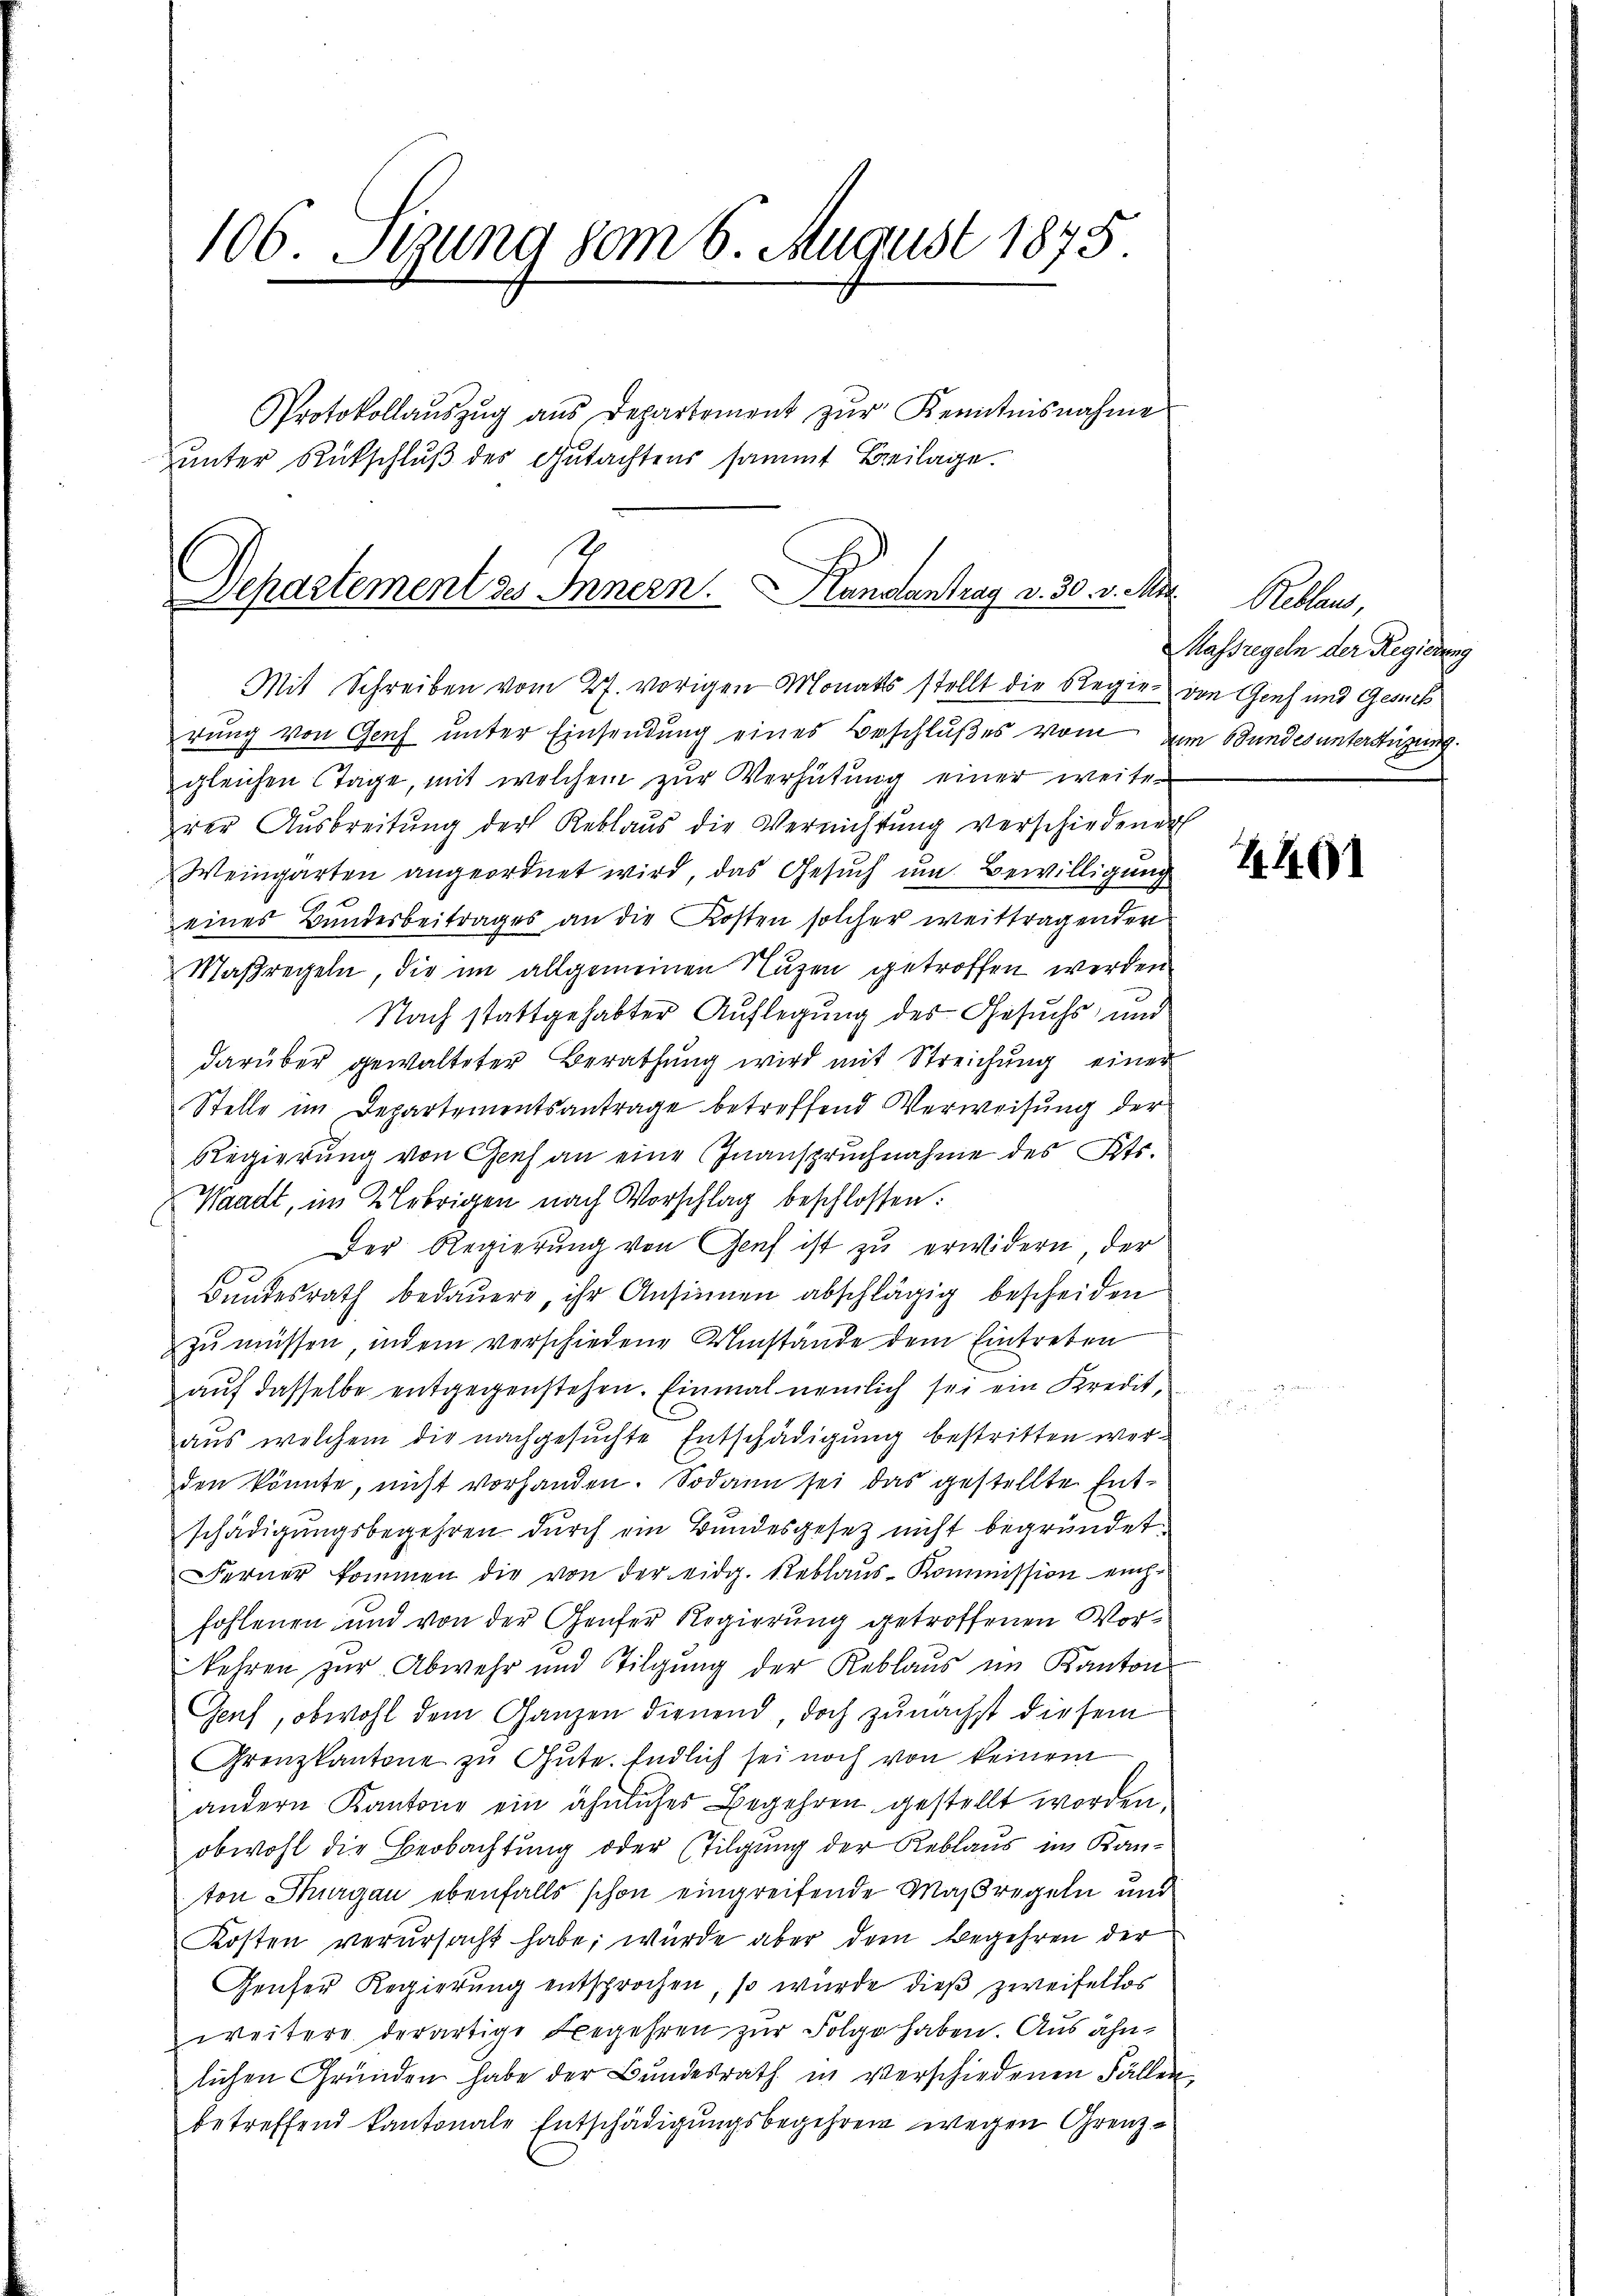
106. Stung vom 6. August 1875

Protokollauszug aus Departement zur Kenntnisnahme
unter Rückschluß des Gutachtens sammt Beilage.

2.
Departement des Innern. Handantrag v. 30. v. Mit

Mit Schreiben vom 27. vorigen Monats stellt die Regien den Genf und Gesuch
rung von Genf unter Einsendung eines Beschlußes vom zum Bundes unterstüzung
gleichen Etage, mit welchem zur Verhütung einer weiterer Ausbreitung der Reblaus die Verrichtung verschiedener
Weingarten angeordnet wird, das Gesuch um Bewilligung
eines Bundesbeitrages an die Kosten solcher weittragender
Maßregeln, die im allgemeinen Nuzen getroffen werden
Nach stattgehabter Auflegung des Gesuchs und
darüber gewalteter Berathung wird mit Streichung einer
Stelle im Departementsantrage betreffend Verweisung der
Regierung von Genf an eine Inanspruchnahme des Kts.
Waadt, im 2tebrigen nach Vorschlag beschlossen:
Der Regierung von Genf ist zu erwidern, der
Bundesrath bedauere, ihr Ansinnen abschlägig bescheiden
zu müssen, indem verschiedene Umstände dem Eintreten
aŭf dasselbe entgegenstehen. Einmal nemlich sei ein Kredit,
aus welchem die nachgesuchte Entschädigung bestritten werden könnte, nicht vorhanden. Sodann sei das gestellte Entschädigungsbegehren durch ein Bundesgesetz nicht begründet.
Ferner kommen die von der eidg. Reblaus-Kommission ein-
fohlenen und von der Genfer Regierung getroffenen Vorkehren zur Abwehr und Tilgung der Reblaus im Kanton
Geuf, obwohl dem Ganzen dienend, doch zunächst diesem
Grenzkantone zu Gute. Endlich sei noch von keinem
andern Kantone ein ähnlicher Begehren gestellt worden.
obwohl die Beobachtung oder (Tilgung der Reblaus im Kanton Thurgau ebenfalls schon eingreifende Maßregeln und
Kosten verursacht habe; wurde aber dem Begehren der
Genfer Regierung entsprochen, so wurde dieß zweifellos
weitere derartige Begehren zur Folge haben. Aus ähnlichen Gründen habe der Bundesrath in verschiedenen Fällen
betreffend kantonale Entschädigungsbegehren wegen Grenz¬

Reblaus,
Massregeln der Regierung

440